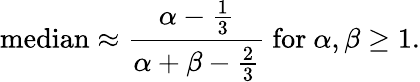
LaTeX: {\mathrm{median}}\approx{\frac{\alpha-{\frac{1}{3}}}{\alpha+\beta-{\frac{2}{3}}}}{\mathrm{~for~}}\alpha,\beta\geq 1.